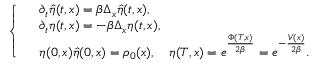
\left\{ \begin{array} { r l } & { \partial _ { t } \hat { \eta } ( t , x ) = \beta \Delta _ { x } \hat { \eta } ( t , x ) , } \\ & { \partial _ { t } \eta ( t , x ) = - \beta \Delta _ { x } \eta ( t , x ) , } \\ & { \eta ( 0 , x ) \hat { \eta } ( 0 , x ) = \rho _ { 0 } ( x ) , \quad \eta ( T , x ) = e ^ { \frac { \Phi ( T , x ) } { 2 \beta } } = e ^ { - \frac { V ( x ) } { 2 \beta } } . } \end{array} \right.